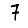
Digit: 7